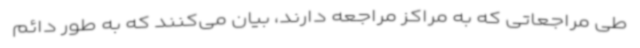
طی مراجعاتی که به مراکز مراجعه دارند، بیان می‌کنند که به طور دائم